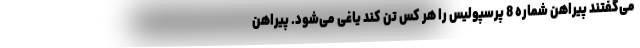
می‌گفتند پیراهن شماره 8 پرسپولیس را هر کس تن کند یاغی می‌شود. پیراهن